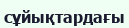
сұйықтардағы